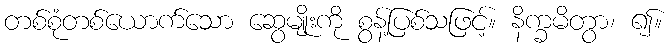
တစ်စုံတစ်ယောက်သော ဆွေမျိုးကို စွန့်ပြစ်သဖြင့်။ နိက္ခမိတွာ၊ ၍။